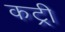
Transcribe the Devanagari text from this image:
कट्री